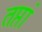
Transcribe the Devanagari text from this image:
तप्तां